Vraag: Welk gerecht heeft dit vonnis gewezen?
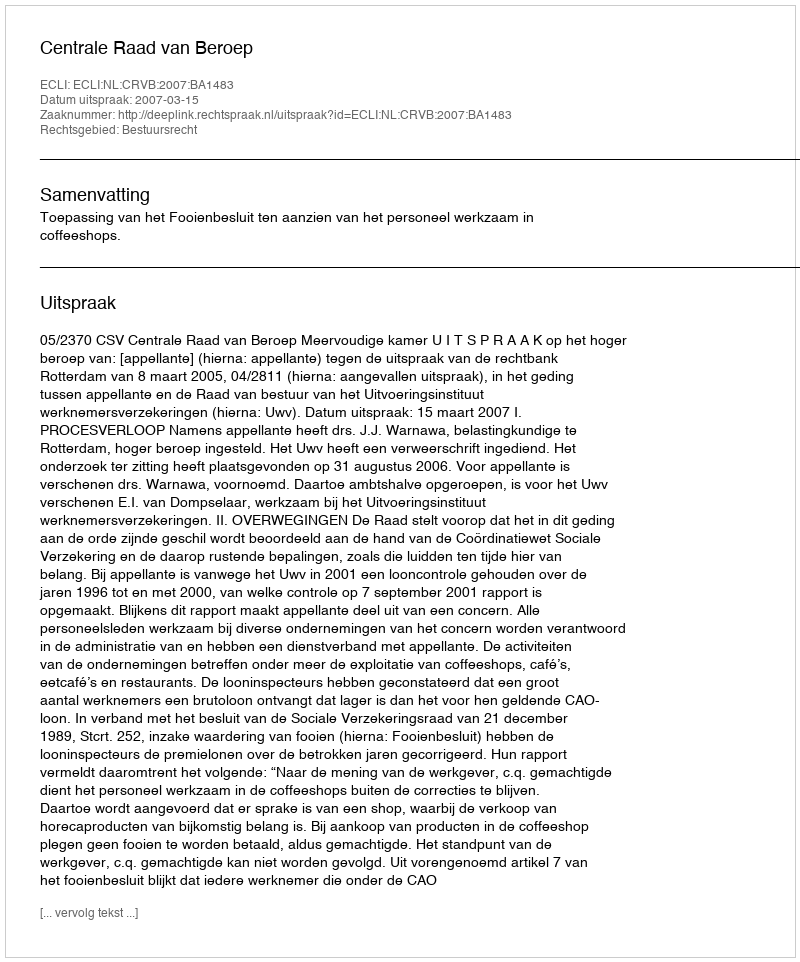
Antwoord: Centrale Raad van Beroep